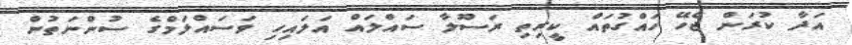
އަދާ ކުރަން ޖެހޭ ހައްގުތައް ކީރިތި ރަސޫލާ ސައްލައް އަލައިހި ވަސައްލަމްގެ ސުންނަތުން